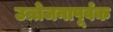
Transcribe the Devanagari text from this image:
उत्तेजनापूर्वक